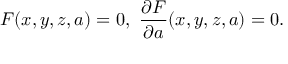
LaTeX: F ( x , y , z , a ) = 0 , \, \, { \frac { \partial F } { \partial a } } ( x , y , z , a ) = 0 .